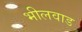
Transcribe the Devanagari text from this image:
भीलवाड